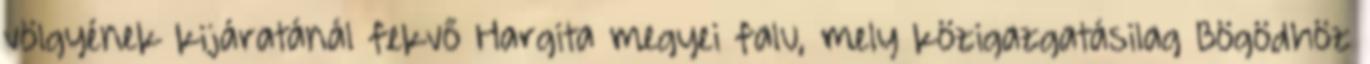
völgyének kijáratánál fekvő Hargita megyei falu, mely közigazgatásilag Bögödhöz